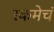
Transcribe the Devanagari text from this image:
रकमेचं